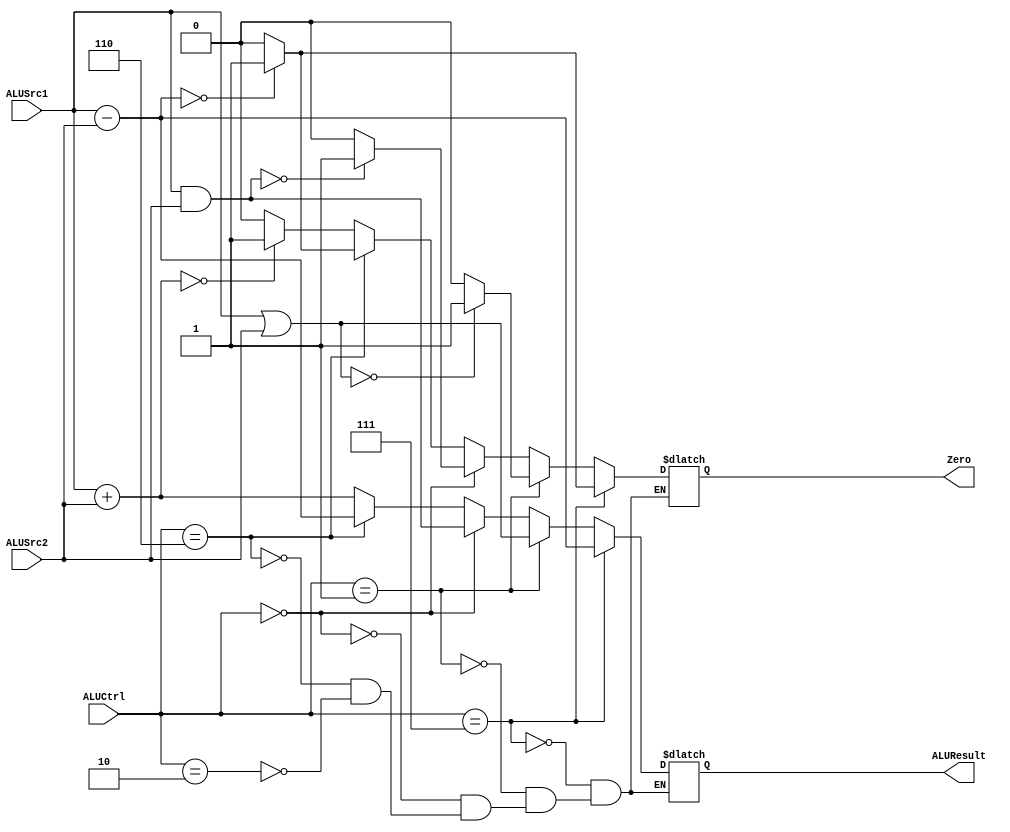
module ALU_Core(ALUSrc1 , ALUSrc2 , ALUCtrl , ALUResult , Zero);
  input[31:0] ALUSrc1;
  input[31:0] ALUSrc2;
  input[2:0] ALUCtrl;
  
  output Zero;
  reg Zero;
    
  output [31:0]ALUResult;
  reg [31:0]ALUResult;
  
  
  always @(ALUSrc1 or ALUSrc2 or ALUCtrl)
    begin
          
          if(ALUCtrl == 3'b010) //'add'
          begin
               ALUResult = ALUSrc1 + ALUSrc2; 
               if(ALUResult == 32'h0000)
               begin
                      Zero = 1'b1;
               end 
               else
                 begin
                      Zero = 1'b0;
                 end
          end
          
          if(ALUCtrl == 3'b110) // 'sub'
          begin
               ALUResult = ALUSrc1 - ALUSrc2; 
               if(ALUResult == 32'h0000)
               begin
                      Zero = 1'b1;
               end 
               else
                 begin
                      Zero = 1'b0;
                 end
          end
          
          if(ALUCtrl == 3'b000) // 'and'
          begin
               ALUResult = ALUSrc1 & ALUSrc2; 
               if(ALUResult == 32'h0000)
               begin
                      Zero = 1'b1;
               end 
               else
                 begin
                      Zero = 1'b0;
                 end
          end
               
          if(ALUCtrl == 3'b001) // 'or'
          begin
               ALUResult = ALUSrc1 | ALUSrc2; 
               if(ALUResult == 32'h0000)
               begin
                      Zero = 1'b1;
               end 
               else
                 begin
                      Zero = 1'b0;
                 end
          end     
          
          if(ALUCtrl == 3'b111) // 'slt'
          begin
               ALUResult = ALUSrc1 - ALUSrc2; 
               if(ALUResult == 32'h0000)
               begin
                      Zero = 1'b1;
               end 
               else
                 begin
                      Zero = 1'b0;
                 end
          end
        
    end
  
endmodule



module ALU_Control(FunctField, ALUOp, ALUCtrl);
input [5:0]FunctField;
input [1:0]ALUOp;
output [2:0]ALUCtrl;
reg [2:0]ALUCtrl;

always@(FunctField or ALUOp)
begin
    if(ALUOp == 2'b10)      //'Arithmetic' Type Instructions
    begin
      case(FunctField)        
      //begin
        6'b100000: ALUCtrl = 3'b010;    //ADDITION in 'R' Type
        6'b100010: ALUCtrl = 3'b110;    //SUBTRACTION in 'R' Type
        6'b100100: ALUCtrl = 3'b000;    //AND in 'R' Type
        6'b100101: ALUCtrl = 3'b001;    //OR in 'R' Type
        6'b101010: ALUCtrl = 3'b111;    //SLT in 'R' Type
     // end
    endcase
    end
    
    if(ALUOp == 2'b00)     // 'LW/SW' Type Instructions
    begin
        ALUCtrl = 3'b010;               //ADDITION irrespective of the FunctField.
    end
    
    if(ALUOp == 2'b01)    //   'BEQ', 'BNE' Type Instructions
    begin
        ALUCtrl = 3'b110;               //SUBTRACTION irrespective of the FunctField.
    end        
    

    
end   //always block 

endmodule  //ALUOp module